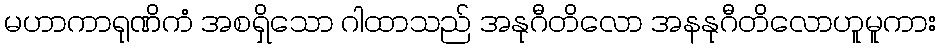
မဟာကာရုဏိကံ အစရှိသော ဂါထာသည် အနုဂီတိလော အနနုဂီတိလောဟူမူကား